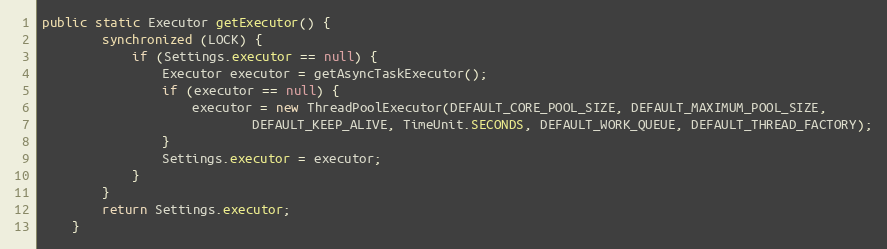
Language: Java
public static Executor getExecutor() {
        synchronized (LOCK) {
            if (Settings.executor == null) {
                Executor executor = getAsyncTaskExecutor();
                if (executor == null) {
                    executor = new ThreadPoolExecutor(DEFAULT_CORE_POOL_SIZE, DEFAULT_MAXIMUM_POOL_SIZE,
                            DEFAULT_KEEP_ALIVE, TimeUnit.SECONDS, DEFAULT_WORK_QUEUE, DEFAULT_THREAD_FACTORY);
                }
                Settings.executor = executor;
            }
        }
        return Settings.executor;
    }